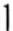
1